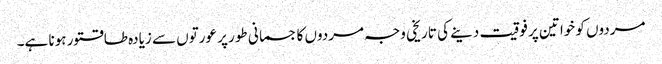
مردوں کو خواتین پر فوقیت دینے کی تاریخی وجہ مردوں کا جسمانی طور پر عورتوں سے زیادہ طاقتور ہونا ہے۔